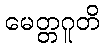
မေတ္တဂူတိ